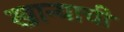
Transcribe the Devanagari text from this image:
खान्याची